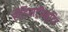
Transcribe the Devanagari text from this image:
रीडिसट्रीब्युटिद